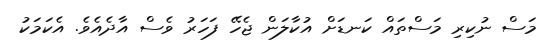
މަސް ނުކިރި މަސްތައް ކަނޑަށް އުކާލަން ޖެހޭ ފަހަރު ވެސް އާދެއެވެ. އެކަމަކު